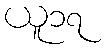
ယူ၁၇